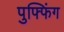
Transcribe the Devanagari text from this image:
पुफ्फिंग